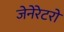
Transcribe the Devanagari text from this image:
जेनेरेटरों